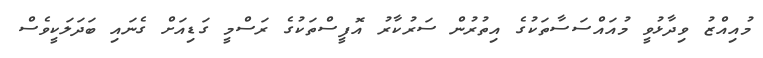
މުއިއްޒު ވިދާޅުވީ މުއައްސަސާތަކުގެ އިތުރުން ސަރުކާރު އޮފީސްތަކުގެ ރަސްމީ ގަޑިއަށް ގެނައި ބަދަލަކީވެސް